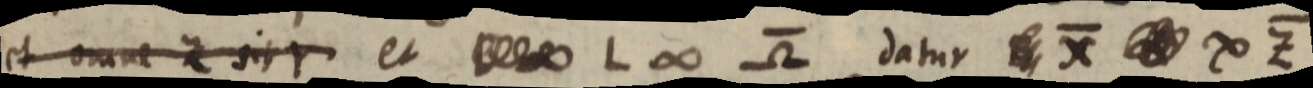
et omne Z sit Y et _ L ∞ Ω datur _ X _ ∞ Z